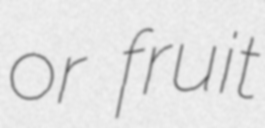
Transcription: or fruit